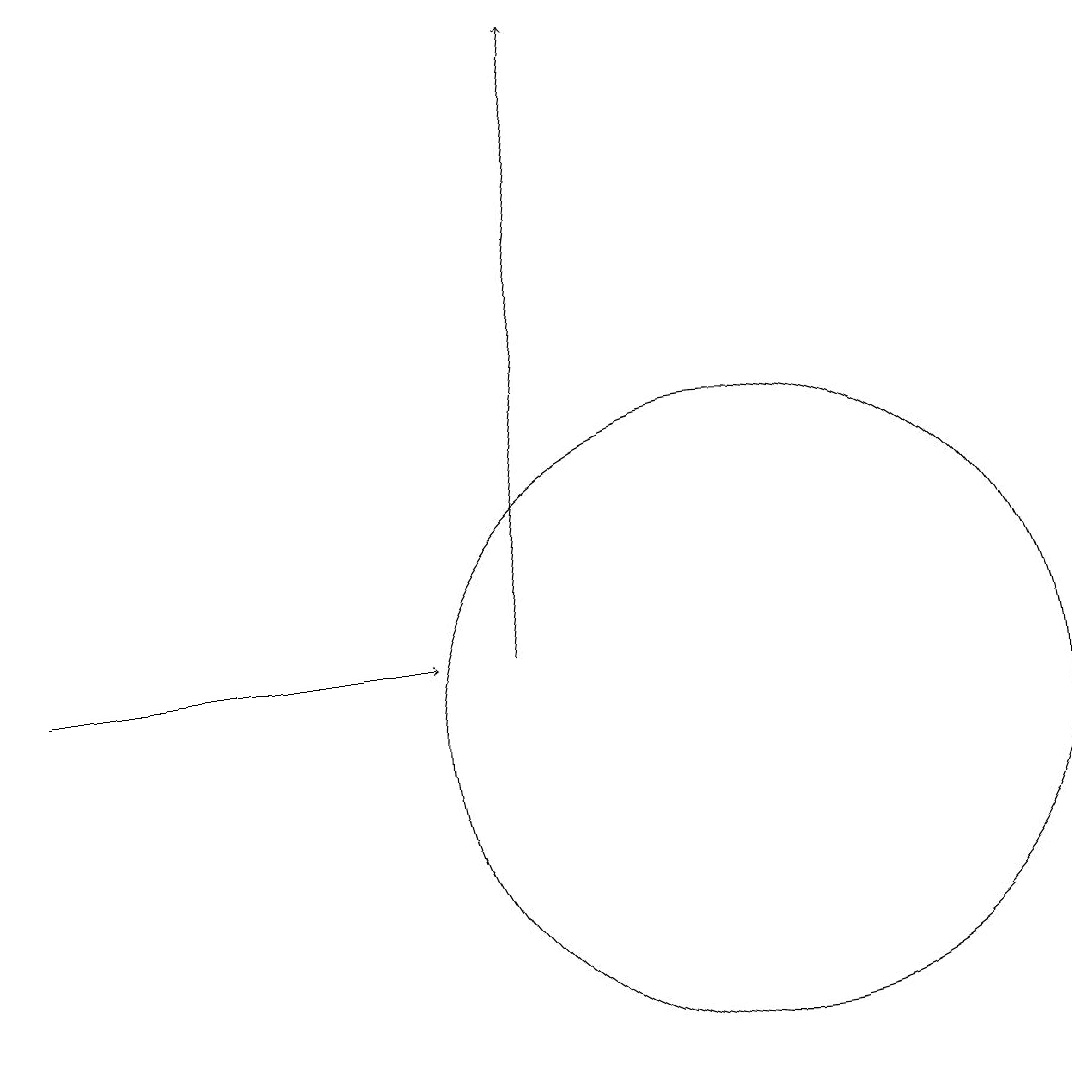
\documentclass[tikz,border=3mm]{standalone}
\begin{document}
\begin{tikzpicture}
\draw[->] (1,11) -- (6,11);
\draw (10,10) circle (4);
\draw[->] (7,11) -- (8,19);
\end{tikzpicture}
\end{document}